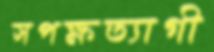
সপক্ষত্যাগী